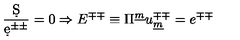
{ \frac { \d S } { \d e ^ { \pm \pm } } } = 0 \Rightarrow E ^ { \mp \mp } \equiv \Pi ^ { \underline { { m } } } u _ { \underline { { m } } } ^ { \mp \mp } = e ^ { \mp \mp }